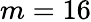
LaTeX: m=16